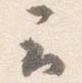
云